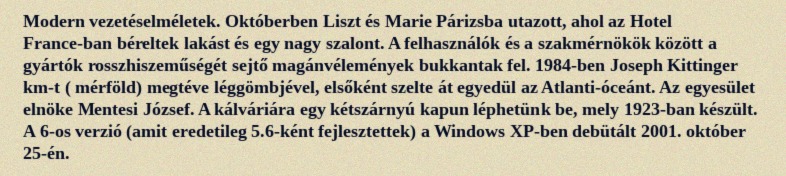
Modern vezetéselméletek. Októberben Liszt és Marie Párizsba utazott, ahol az Hotel France-ban béreltek lakást és egy nagy szalont. A felhasználók és a szakmérnökök között a gyártók rosszhiszeműségét sejtő magánvélemények bukkantak fel. 1984-ben Joseph Kittinger  km-t ( mérföld) megtéve léggömbjével, elsőként szelte át egyedül az Atlanti-óceánt. Az egyesület elnöke Mentesi József. A kálváriára egy kétszárnyú kapun léphetünk be, mely 1923-ban készült. A 6-os verzió (amit eredetileg 5.6-ként fejlesztettek) a Windows XP-ben debütált 2001. október 25-én.